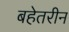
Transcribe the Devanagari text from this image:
बहेतरीन